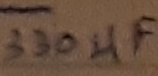
Text: 330µF